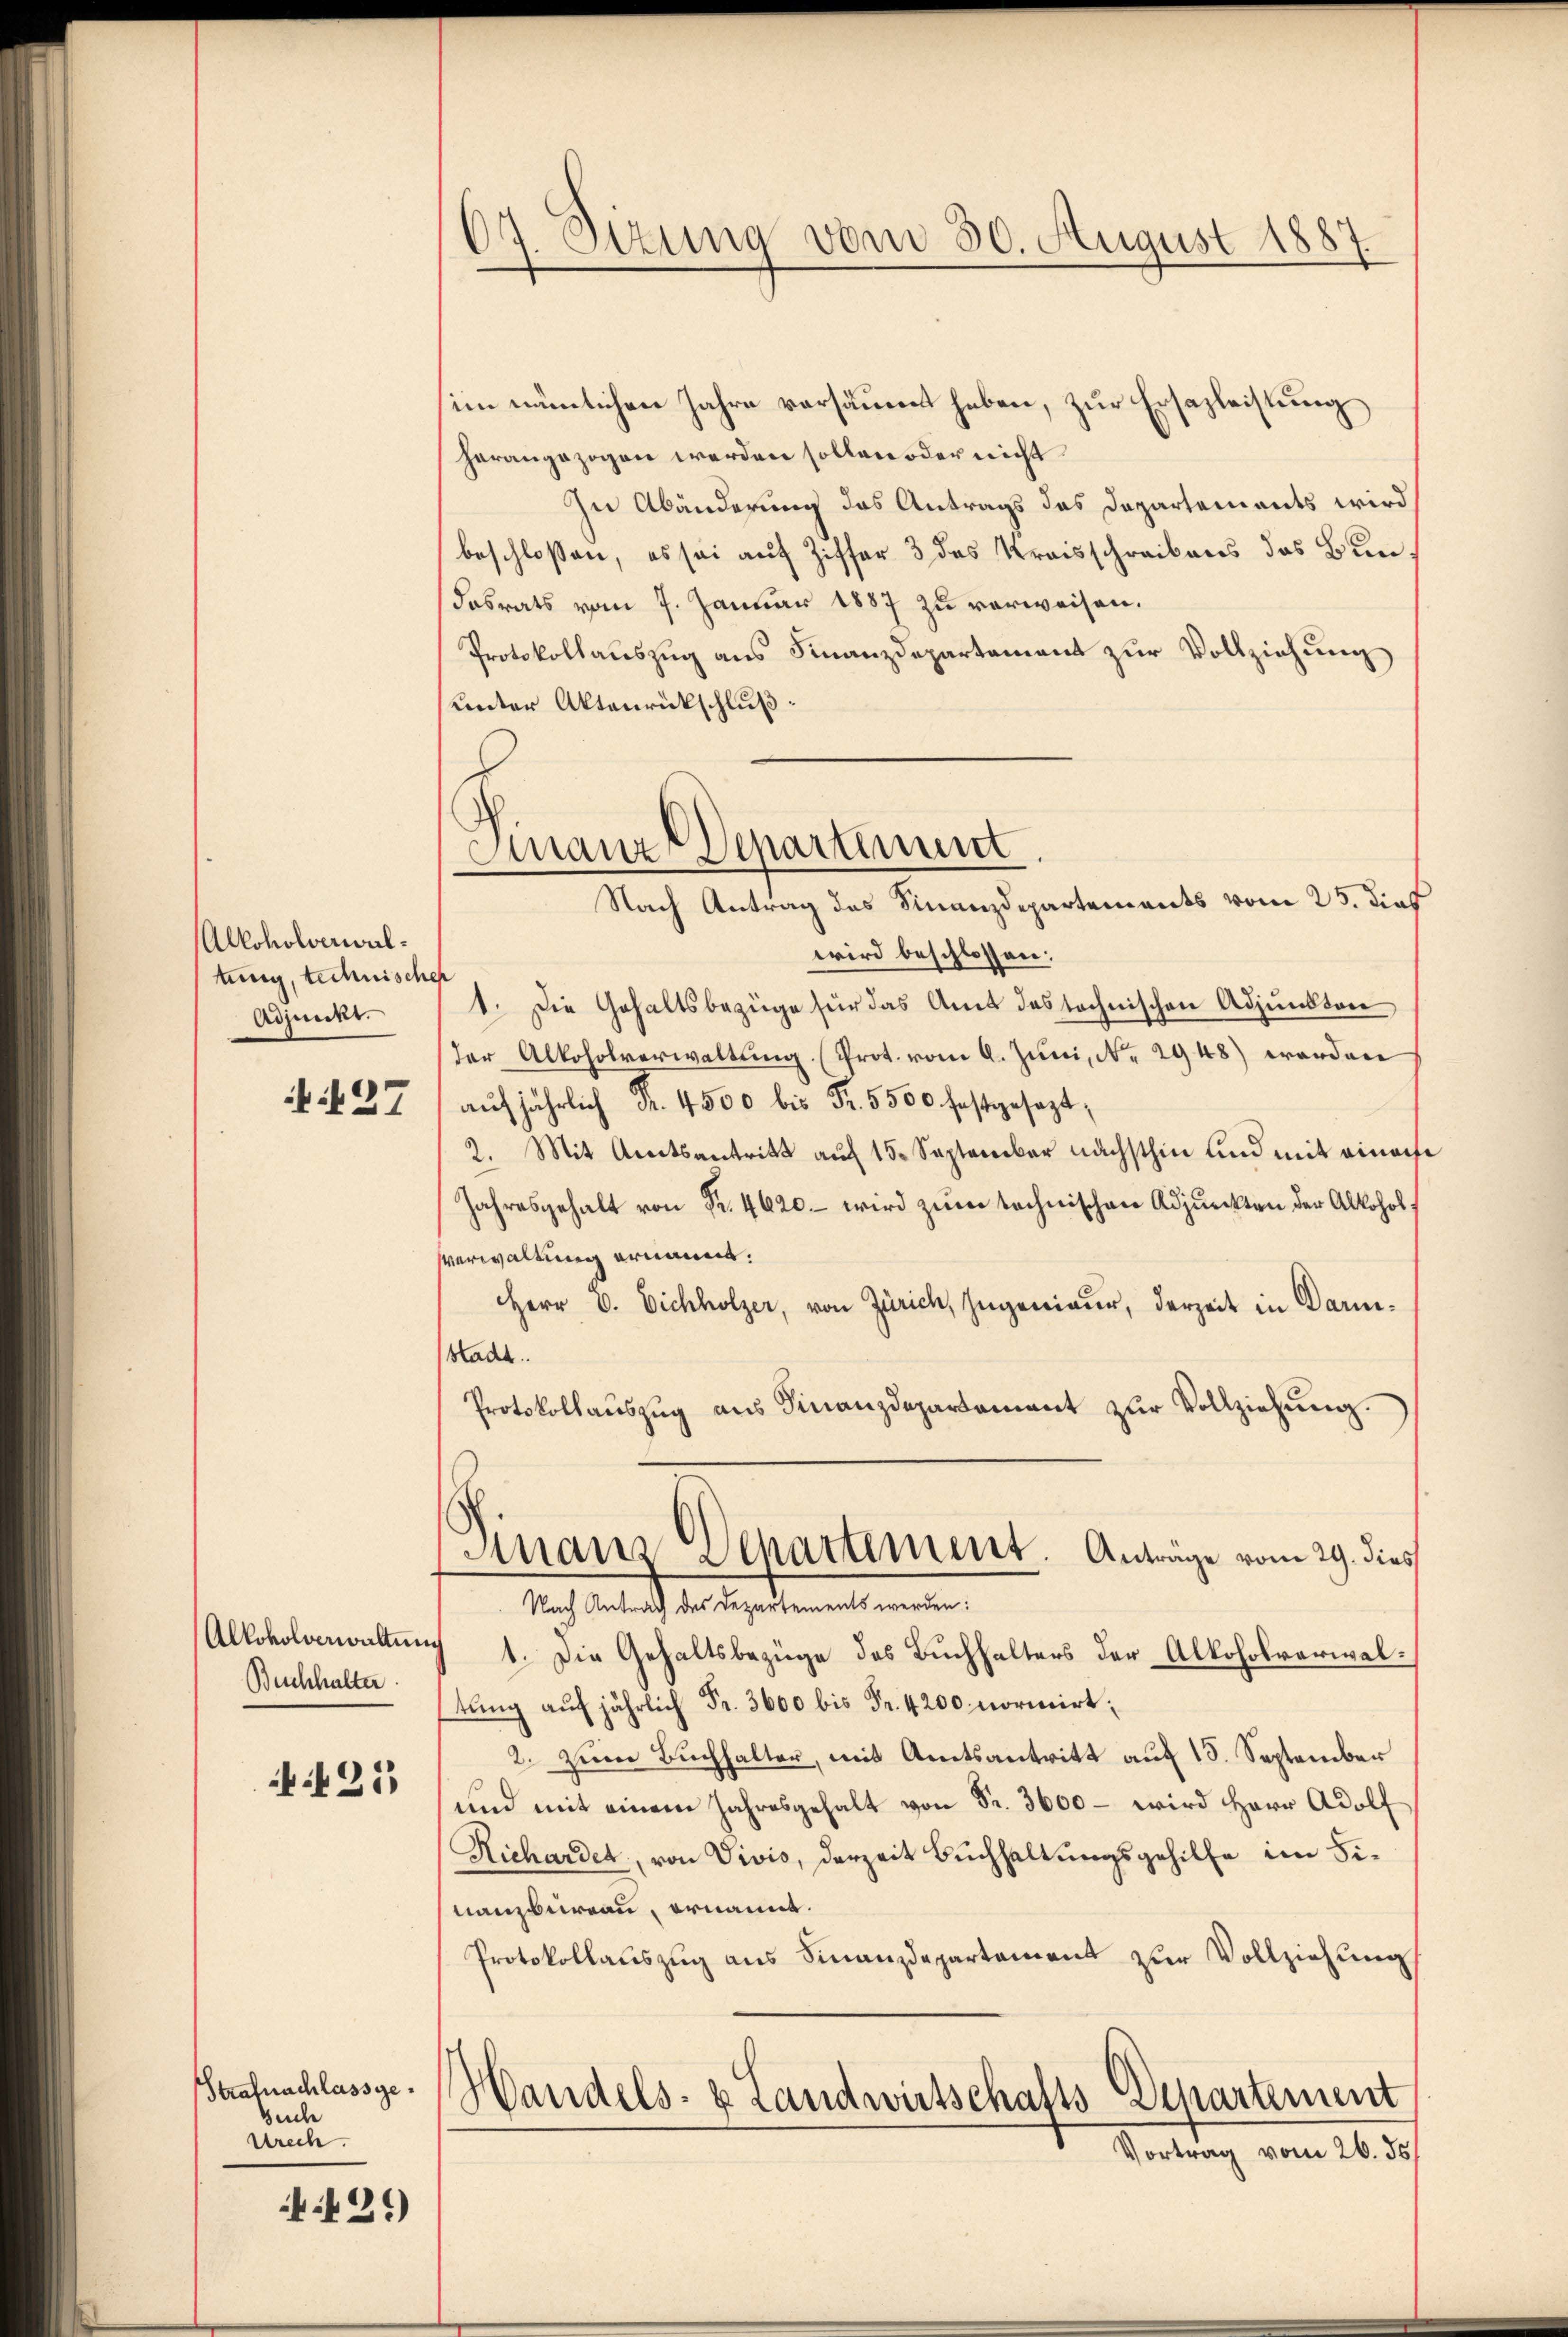
Alkoholverwaltung, technischer
Adjunkt.

127

Buchhalter

425

Strafnachlassge¬
Such
wrech

.21)

67. Sitzung vom 30. August 1887

im nämlichen Jahre versäment haben, zur Ersazleistung
herangezogen werden sollen oder nicht
In Abänderung das Antrags das Departements wird
beschlossen, es sei auf Ziffer 3 des Kreisschreibens das Bundasrats vom 7. Januar 1887 zu verweisen.
Protokollauszug aus Finanzdepartement zur Vollziehung
unter Aktenrückschluß
wird beschlossen:
1. Die Gehaltsbezüge für das Amt des technischen Adjunktore
der Alkoholverwaltŭng. (Prot. vom 6. Juni, No. 2948) worden
aŭf jährlich Fr. 4500 bis Fr. 5500 festgesezt,
2. Mit Amtsantritt auf 15. September nächsthin und mit einach
Jahresgehalt von Fr. 4620. wird zum technischen Adjunkten der Alkohol,
Verwaltung ernannt.
Herr D. Eichholzer, von Zürich, Ingenieur, derzeit in Darstacht.
Protokollauszug aus Finanzdepartement zur Vollziehung.
Finanz-Departement. Anträge vom 29. dies
Nach Antrag des Departements werden:
Alkoholowaltung 1. Die Gehaltsbezüge des Buchhalters der Alkoholverwaltung auf jährlich Fr. 3600 bis Fr. 4200 normirt;
2. Zum Buchhalter, mit Amtsantritt auf 15. September
und mit einem Jahresgehalt von Fr. 3600 – wird Herr Adolf
Richardet, von Vivis, derzeit Buchhaltungsgehilfe im Finanzbüreau, ernannt.
Protokollauszug aus Finanzdepartement zur Vollziehung
Handels- & Landwirtschafts-Departement
Vortrag vom 26. 55.

Finanz Departiment
Nach Antrag des Finanzdepartements vom 25. dieß